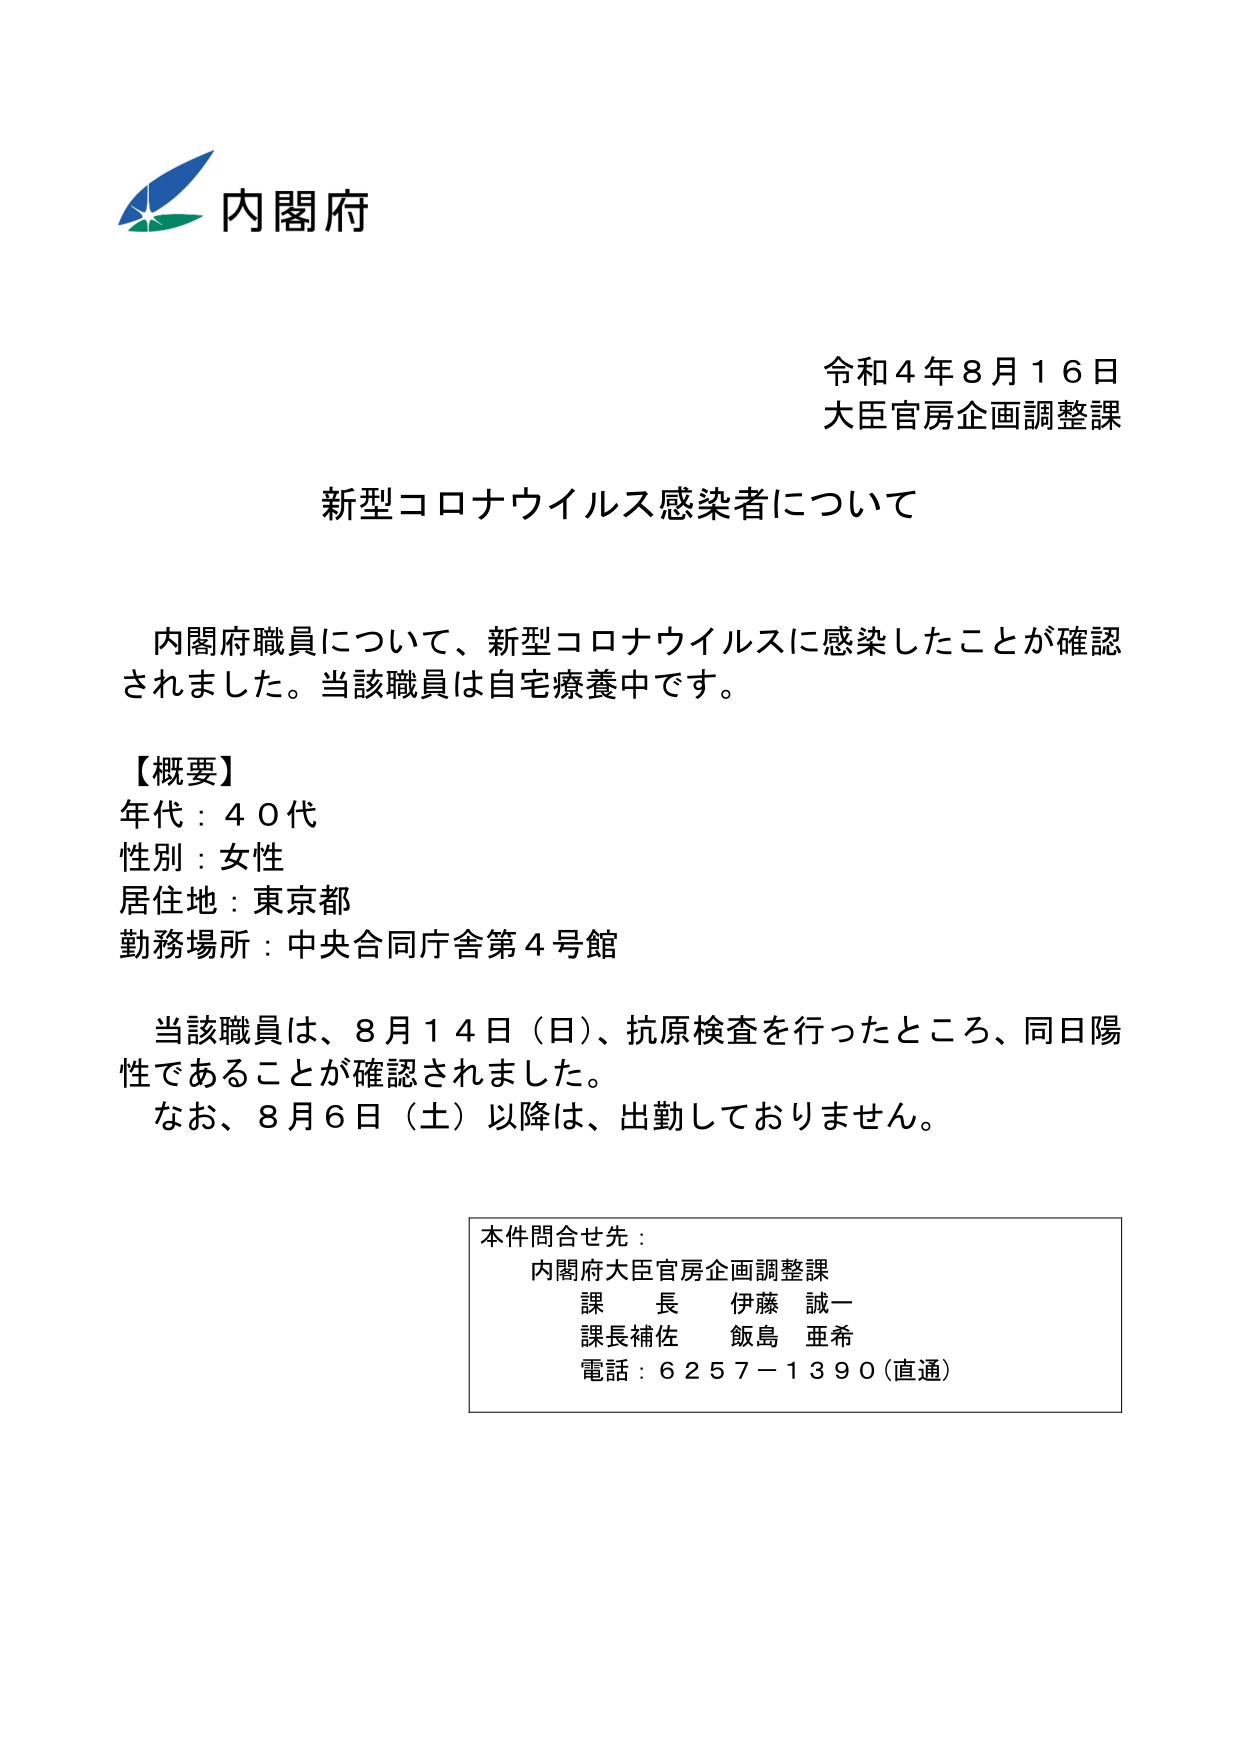
内閣府
令和４年８月１６日
大臣官房企画調整課

新型コロナウイルス感染者について

内閣府職員について、新型コロナウイルスに感染したことが確認されました。当該職員は自宅療養中です。

【概要】
年代：４０代
性別：女性
居住地：東京都
勤務場所：中央合同庁舎第４号館

当該職員は、８月１４日（日）、抗原検査を行ったところ、同日陽性であることが確認されました。
なお、８月６日（土）以降は、出勤しておりません。

本件問合せ先：
内閣府大臣官房企画調整課
課長 伊藤 誠一
課長補佐 飯島 亜希
電話：６２５７－１３９０（直通）